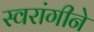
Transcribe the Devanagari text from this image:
स्वरांगीने